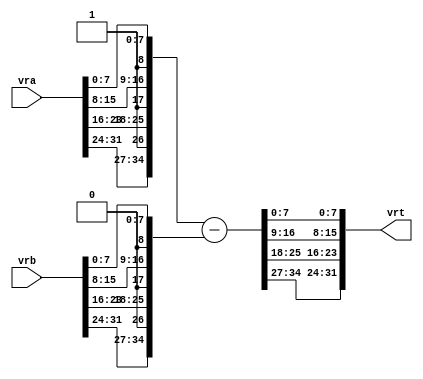
module vsfx_vsububm(
    vrt,
    vra,
    vrb
);

output  [31 : 0]    vrt;
input   [31 : 0]    vra;
input   [31 : 0]    vrb;

wire    [35 : 0]    aop;
wire    [35 : 0]    bop;
wire    [35 : 0]    sub;
wire    [31 : 0]    vrt;

assign aop                = {1'b1, vra[31:24], 1'b1, vra[23:16], 1'b1, vra[15:8], 1'b1, vra[7:0]};
assign bop                = {1'b0, vrb[31:24], 1'b0, vrb[23:16], 1'b0, vrb[15:8], 1'b0, vrb[7:0]};
assign sub                = aop - bop;
assign vrt                = {sub[34:27], sub[25:18], sub[16:9], sub[7:0]};

endmodule